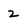
Character: 2